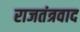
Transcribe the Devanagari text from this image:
राजतंत्रवाद